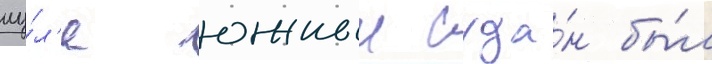
иу́л'е южныи суда́н бы́л